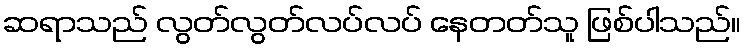
ဆရာသည် လွတ်လွတ်လပ်လပ် နေတတ်သူ ဖြစ်ပါသည်။